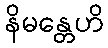
နိမန္တေဟိ